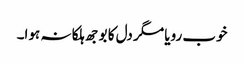
خوب رویا مگر دل کا بوجھ ہلکا نہ ہوا۔